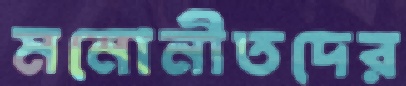
মনোনীতদের